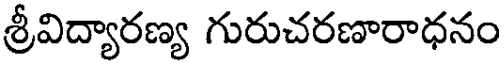
శ్రీవిద్యారణ్య గురుచరణారాధనం